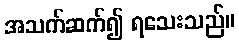
အသက်ဆက်၍ ရသေးသည်။